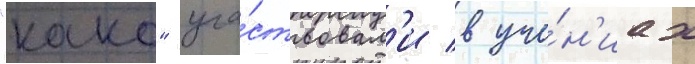
"како" уча́ствовал'и в уче́н'иах